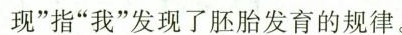
现”指”我”发现了胚胎发育的规律